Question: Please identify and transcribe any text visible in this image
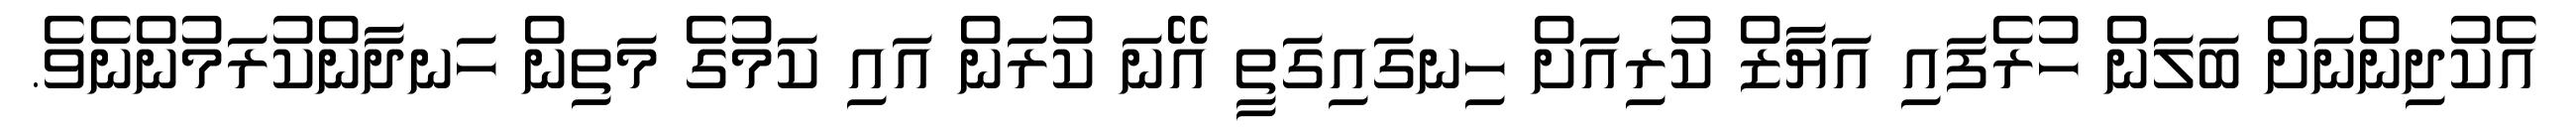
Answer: އެކުދިންނަށް ބަލަން ހުރެފައި އަޔާޒް ކުރިއަށް ހިނގައިގަތީ އޭނަ ކުރަން އައި ކަމުގެ މަތިން ހަނދާންކުރަމުންނެވެ.